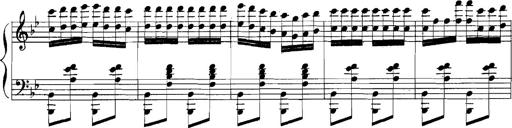
Title: Rhapsodies hongroises
Composer: Franz Liszt